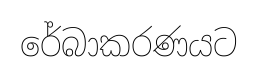
රේබාකරණයට